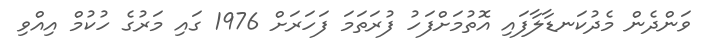
ވަންދެން މެދުކަނޑާލާފައި އޮތުމަށްފަހު ފުރަތަމަ ފަހަރަށް 1976 ގައި މަރުގެ ހުކުމް އިއްވި